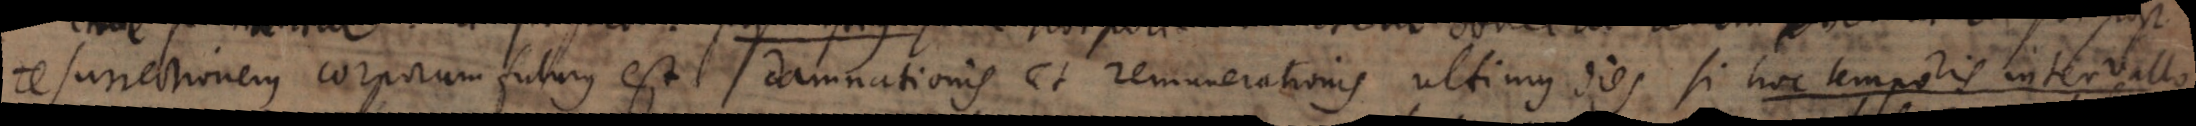
resurrectionem corporum futurus est damnationis et remunerationis ultimus dies si hoc temporis intervallo